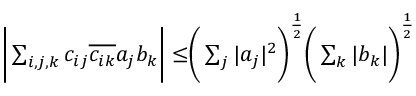
\begin{array} { r } { \biggr | \sum _ { i , j , k } c _ { i j } \overline { { c _ { i k } } } a _ { j } b _ { k } \biggr | \leq \biggr ( \sum _ { j } | a _ { j } | ^ { 2 } \biggr ) ^ { \frac 1 2 } \biggr ( \sum _ { k } | b _ { k } | \biggr ) ^ { \frac 1 2 } } \end{array}